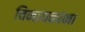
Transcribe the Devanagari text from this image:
विनायकांना